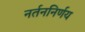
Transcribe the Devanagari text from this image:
नर्तननिर्णय